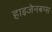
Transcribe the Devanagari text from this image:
हाइजेनबग्स